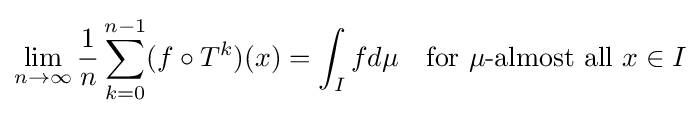
\lim _{n\to \infty }{\frac {1}{n}}\sum _{k=0}^{n-1}(f\circ T^{k})(x)=\int _{I}fd\mu \quad {\text{for }}\mu {\text{-almost all }}x\in I